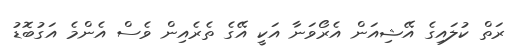
ރަތް ކުލައިގެ އޭޝިއަން އެރޯވަނާ އަކީ އޭގެ ތެރެއިން ވެސް އެންމެ އަގުބޮޑު